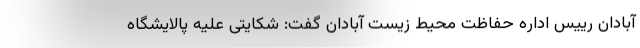
آبادان رییس اداره حفاظت محیط زیست آبادان گفت: شکایتی علیه پالایشگاه